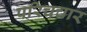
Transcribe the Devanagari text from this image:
परिचचार